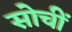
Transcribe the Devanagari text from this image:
सोचीं